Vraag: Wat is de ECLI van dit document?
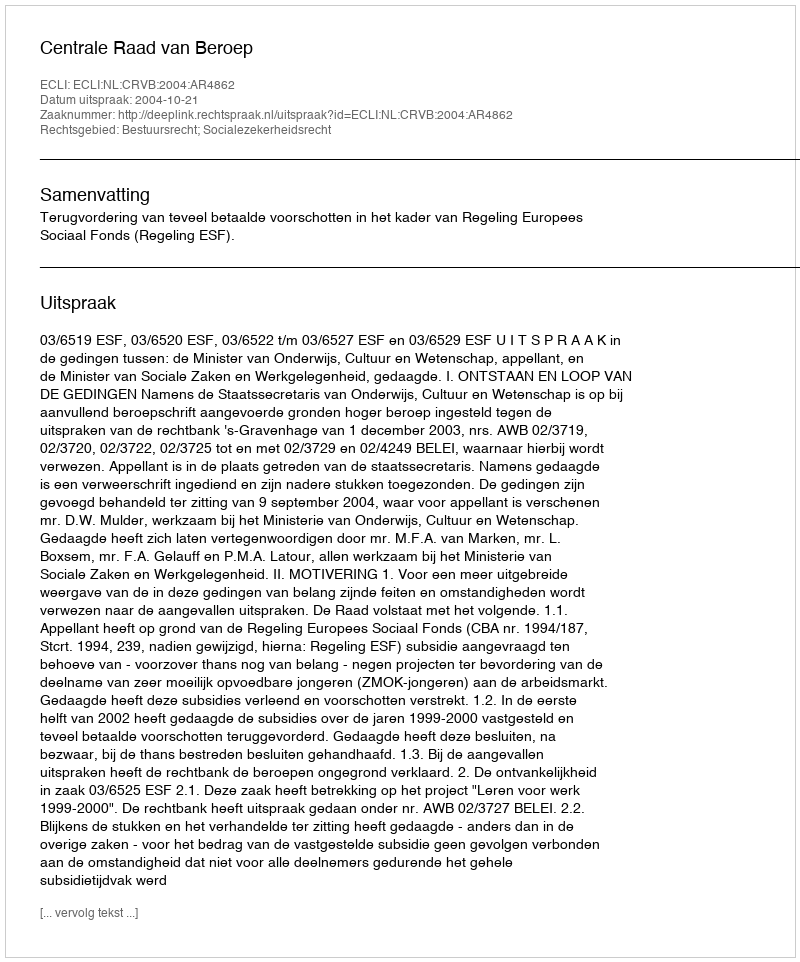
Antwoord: ECLI:NL:CRVB:2004:AR4862